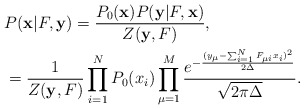
\begin{align*}&P({\bf x} |F, {\bf y})= \frac{P_0({\bf x}) P({\bf y} |F, {\bf x}) }{Z({\bf y},F)},\\&= \frac{1}{Z({\bf y},F)}\prod_{i=1}^N P_0( x_i)\prod_{\mu=1}^M \frac{e^{-\frac{(y_\mu - \sum_{i=1}^N F_{\mu i}x_i)^2}{2\Delta}}}{\sqrt{2\pi \Delta}}.\end{align*}